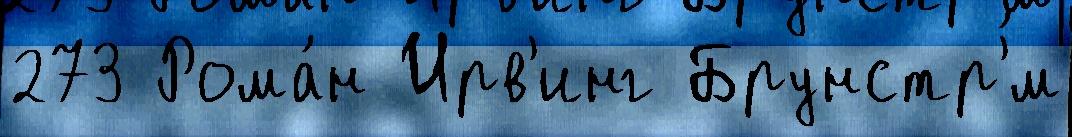
273 Рома́н Ирв'инг Брунстр'́м